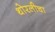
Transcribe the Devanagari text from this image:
थोरलीचा